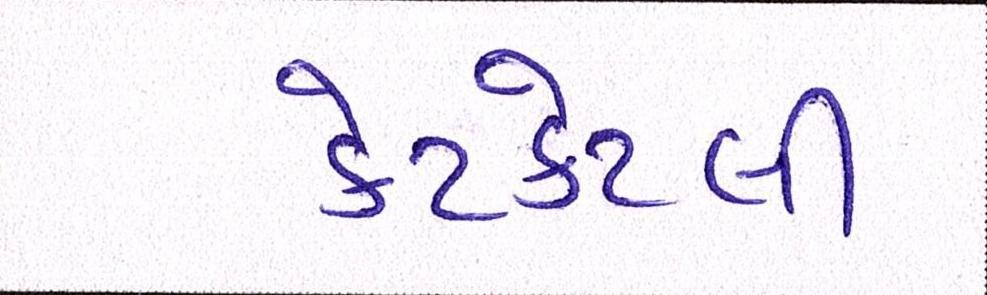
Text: કેટકેટલી